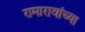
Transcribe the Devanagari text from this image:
रामारावांच्या